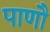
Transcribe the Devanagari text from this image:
पाणौ